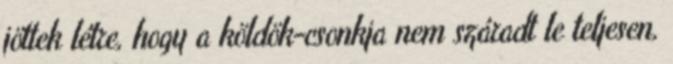
jöttek létre, hogy a köldök-csonkja nem száradt le teljesen,